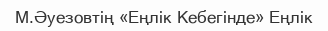
М.Әуезовтің «Еңлік Кебегінде» Еңлік